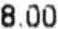
8.00